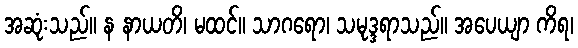
အဆုံးသည်။ န နာယတိ၊ မထင်။ သာဂရော၊ သမုဒ္ဒရာသည်။ အပေယျာ ကိရ၊